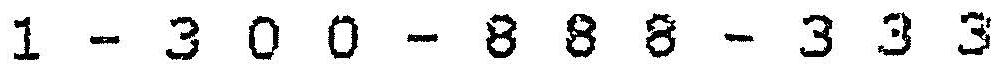
1 - 3 0 0 - 8 8 8 - 3 3 3